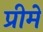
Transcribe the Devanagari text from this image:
प्रीमे